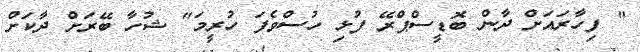
" ފިހާރައަށް ދާން ބޮޑީސްޕްރޭ ފުޅި ހުސްވެފަ ހުރީމަ" ޝުހާ ބޭރަށް ދާކަށް